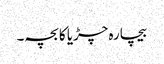
بیچارہ چڑیا کا بچہ۔